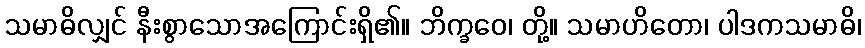
သမာဓိလျှင် နီးစွာသောအကြောင်းရှိ၏။ ဘိက္ခဝေ၊ တို့။ သမာဟိတော၊ ပါဒကသမာဓိ၊